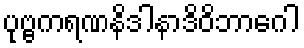
ပုဗ္ဗကရဏနိဒါနာဒိဝိဘာဂေါ